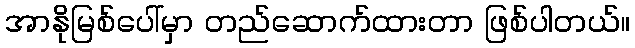
အာနိုမြစ်ပေါ်မှာ တည်ဆောက်ထားတာ ဖြစ်ပါတယ်။